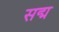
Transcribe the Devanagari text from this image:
सद्म